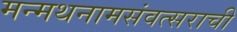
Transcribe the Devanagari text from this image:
मन्मथनामसंवत्सराची